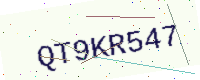
Text: QT9KR547